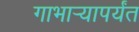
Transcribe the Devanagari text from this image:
गाभार्‍यापर्यंत